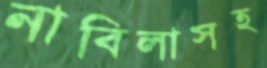
নাবিলাসহ